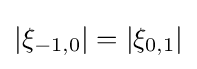
|\xi _{-1,0}|=|\xi _{0,1}|